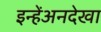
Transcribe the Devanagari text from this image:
इन्हेंअनदेखा